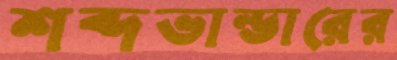
শব্দভান্ডারের